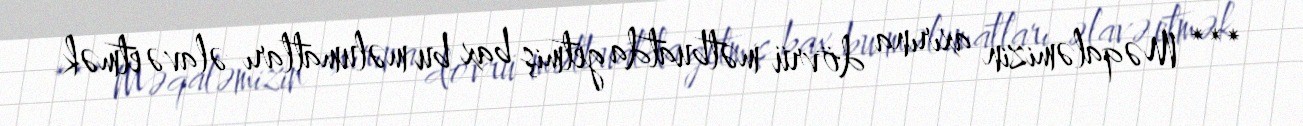
*** Məqaləmizin axırına dövrü mətbuatda getmiş bax bu məlumatları əlavə etmək